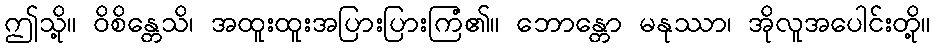
ဤသို့။ ဝိစိန္တေသိ၊ အထူးထူးအပြားပြားကြံ၏။ ဘောန္တော မနုဿာ၊ အိုလူအပေါင်းတို့။